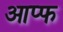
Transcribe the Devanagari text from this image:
आप्फ